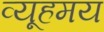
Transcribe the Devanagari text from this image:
व्यूहमय